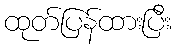
ထုတ်ပြန်ထားပြီး